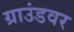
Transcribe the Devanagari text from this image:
ग्राउंडवर